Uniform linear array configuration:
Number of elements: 64
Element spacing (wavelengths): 1
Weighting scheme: kaiser
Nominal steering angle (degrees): -60
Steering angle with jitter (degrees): -58.071
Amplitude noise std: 0.05
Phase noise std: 0.05

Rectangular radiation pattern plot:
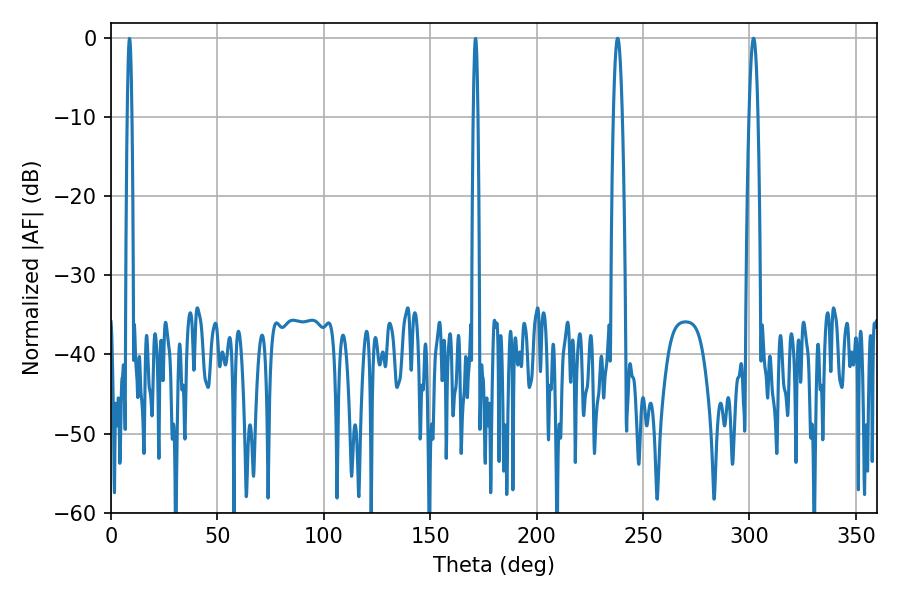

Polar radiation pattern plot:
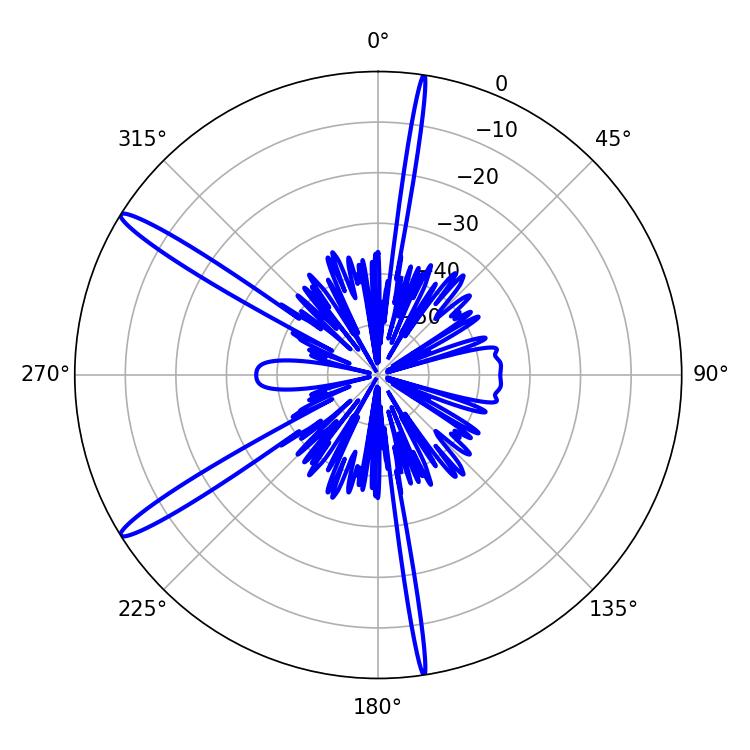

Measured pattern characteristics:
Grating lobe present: TRUE
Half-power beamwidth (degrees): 2.34
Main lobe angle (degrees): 238.14